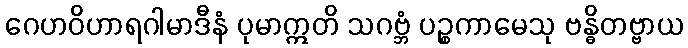
ဂေဟဝိဟာရဂါမာဒီနံ ပုမာဣတိ သဂဗ္ဘံ ပဉ္စကာမေသု ဗန္ဓိတဗ္ဗာယ